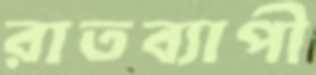
রাতব্যাপী